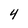
Character: 4